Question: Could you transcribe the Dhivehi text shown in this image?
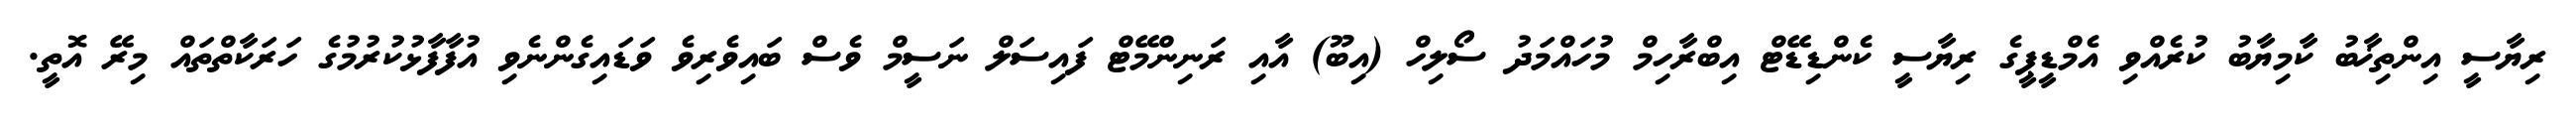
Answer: ރިޔާސީ އިންތިޚާބު ކާމިޔާބު ކުރެއްވި އެމްޑީޕީގެ ރިޔާސީ ކެންޑިޑޭޓް އިބްރާހިމް މުހައްމަދު ސޯލިހް (އިބޫ) އާއި ރަނިންމޭޓް ފައިސަލް ނަސީމް ވެސް ބައިވެރިވެ ވަޑައިގެންނެވި އުފާފާޅުކުރުމުގެ ހަރަކާތްތައް މިރޭ އޮތީ.